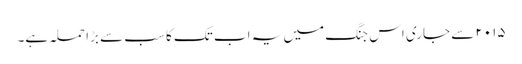
۲۰۱۵ سے جاری اس جنگ میں یہ اب تک کا سب سے بڑا حملہ ہے۔